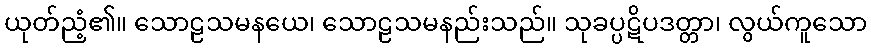
ယုတ်ညံ့၏။ သောဠသမနယေ၊ သောဠသမနည်းသည်။ သုခပ္ပဋိပဒတ္တာ၊ လွယ်ကူသော